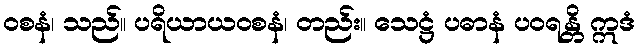
ဝစနံ၊ သည်။ ပရိယာယဝစနံ၊ တည်း။ သေဋ္ဌံ ပဓာနံ ပဝရန္တိ ဣဒံ